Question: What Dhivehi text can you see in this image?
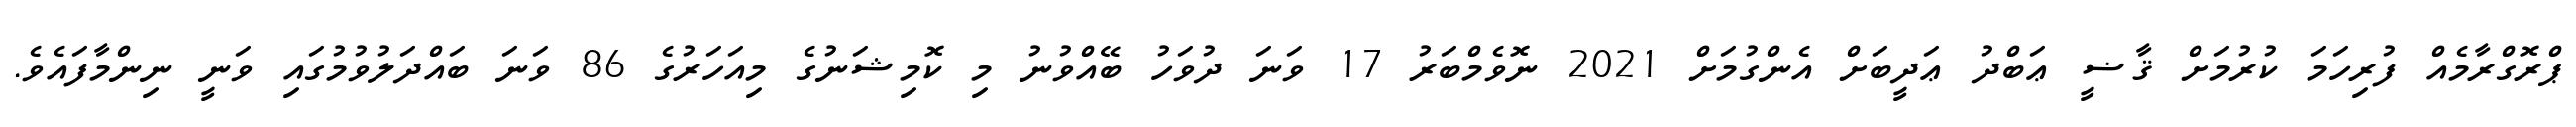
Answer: ޕްރޮގްރާމެއް ފުރިހަމަ ކުރުމަށް ޤާޟީ ޢަބްދު ޢަދީބަށް އެންގުމަށް 2021 ނޮވެމްބަރު 17 ވަނަ ދުވަހު ބޭއްވުނު މި ކޮމިޝަނުގެ މިއަހަރުގެ 86 ވަނަ ބައްދަލުވުމުގައި ވަނީ ނިންމާފައެވެ.